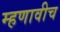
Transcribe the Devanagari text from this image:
म्हणावीच